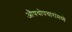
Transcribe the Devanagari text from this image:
औषधोपचारांमध्ये